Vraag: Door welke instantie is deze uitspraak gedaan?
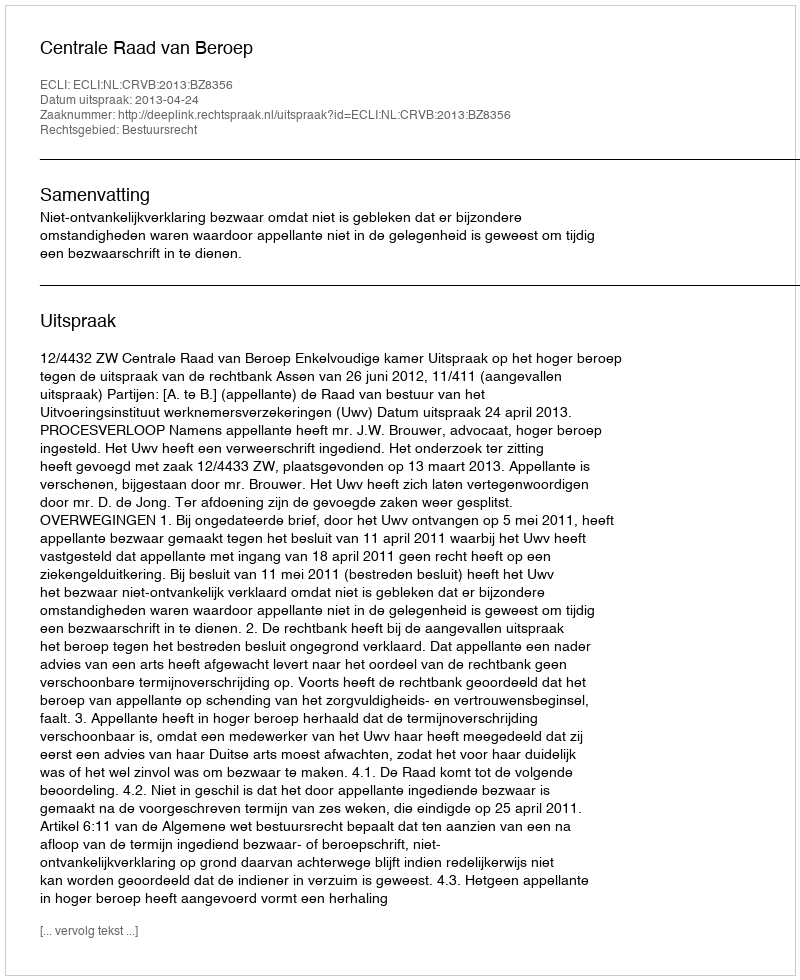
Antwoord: Centrale Raad van Beroep